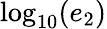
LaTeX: \log_{10}(e_{2})